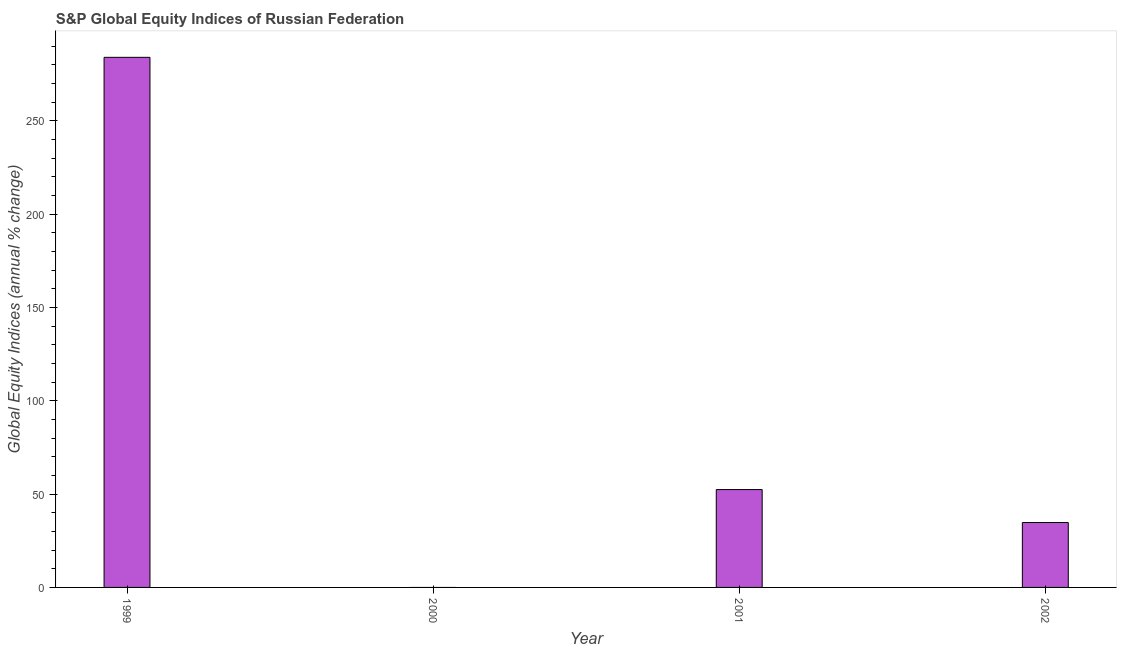
| Year | S&P Global Equity Indices |
 | --- | --- |
 | 1999 | 284 |
 | 2000 | -32.2 |
 | 2001 | 52.4 |
 | 2002 | 34.8 |